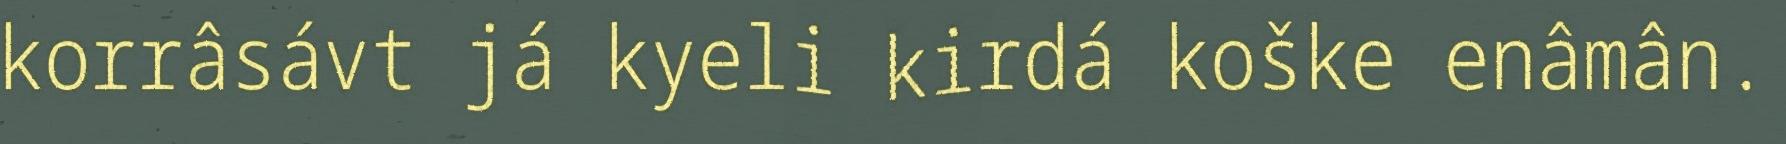
korrâsávt já kyeli kirdá koške enâmân.